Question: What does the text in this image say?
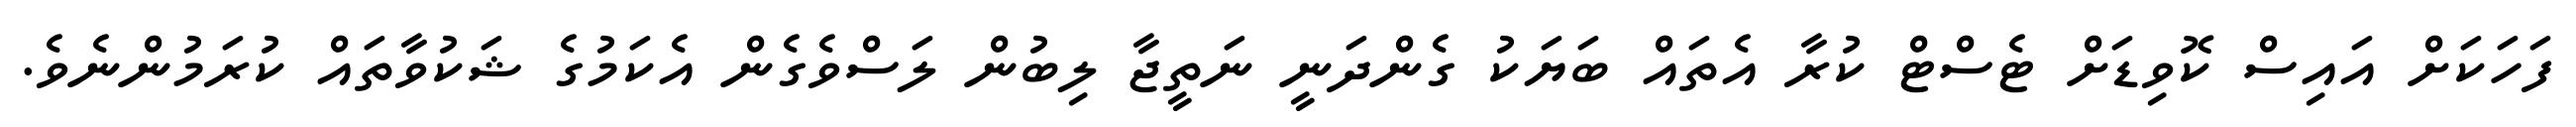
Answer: ފަހަކަށް އައިސް ކޮވިޑަށް ޓެސްޓް ކުރާ އެތައް ބަޔަކު ގެންދަނީ ނަތީޖާ ލިބުން ލަސްވެގެން އެކަމުގެ ޝަކުވާތައް ކުރަމުންނެވެ.